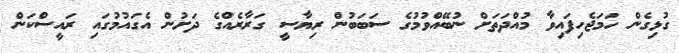
ގުޅިގެން ހަމަޖެހިފައިވާ މުއްދަތަށް ނުބޭއްވުމުގެ ސަބަބުން ރިޔާސީ ގަރާރެއްގެ ދަށުން އެގައުމުގައި ރައީސްކަން